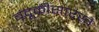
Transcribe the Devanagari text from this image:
बंदूकीसारखे